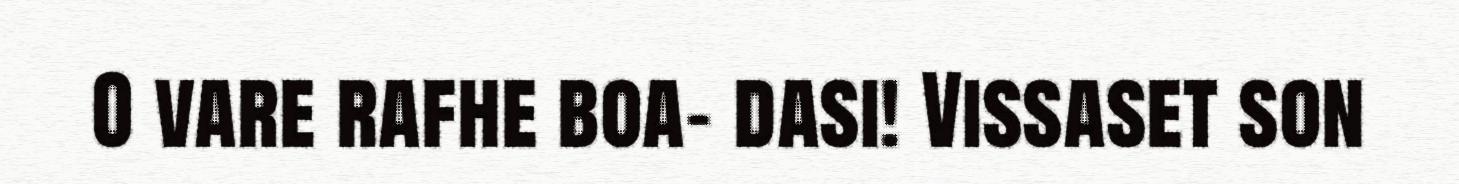
O vare rafhe boa- dasi! Vissaset son